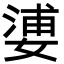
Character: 㜑